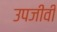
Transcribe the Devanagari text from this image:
उपजीवी